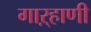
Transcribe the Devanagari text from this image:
गाऱ्हाणी